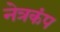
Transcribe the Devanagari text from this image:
नेत्रकंप